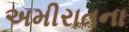
અમીરાતના